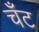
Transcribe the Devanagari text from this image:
चँट